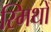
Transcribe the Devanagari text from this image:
स्मिथों